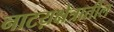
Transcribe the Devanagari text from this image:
नाटय़क्षेत्रातील